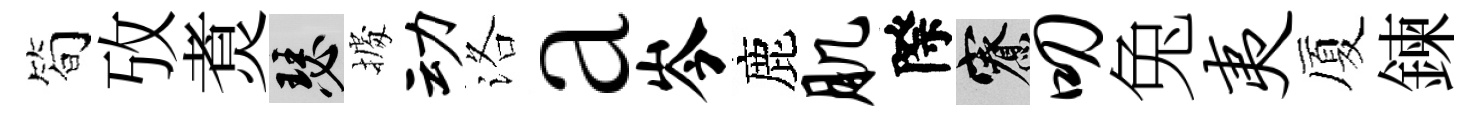
简攷煑瑟𢴃动洛a岑鹿肌際寮叨兔夷厦鍊